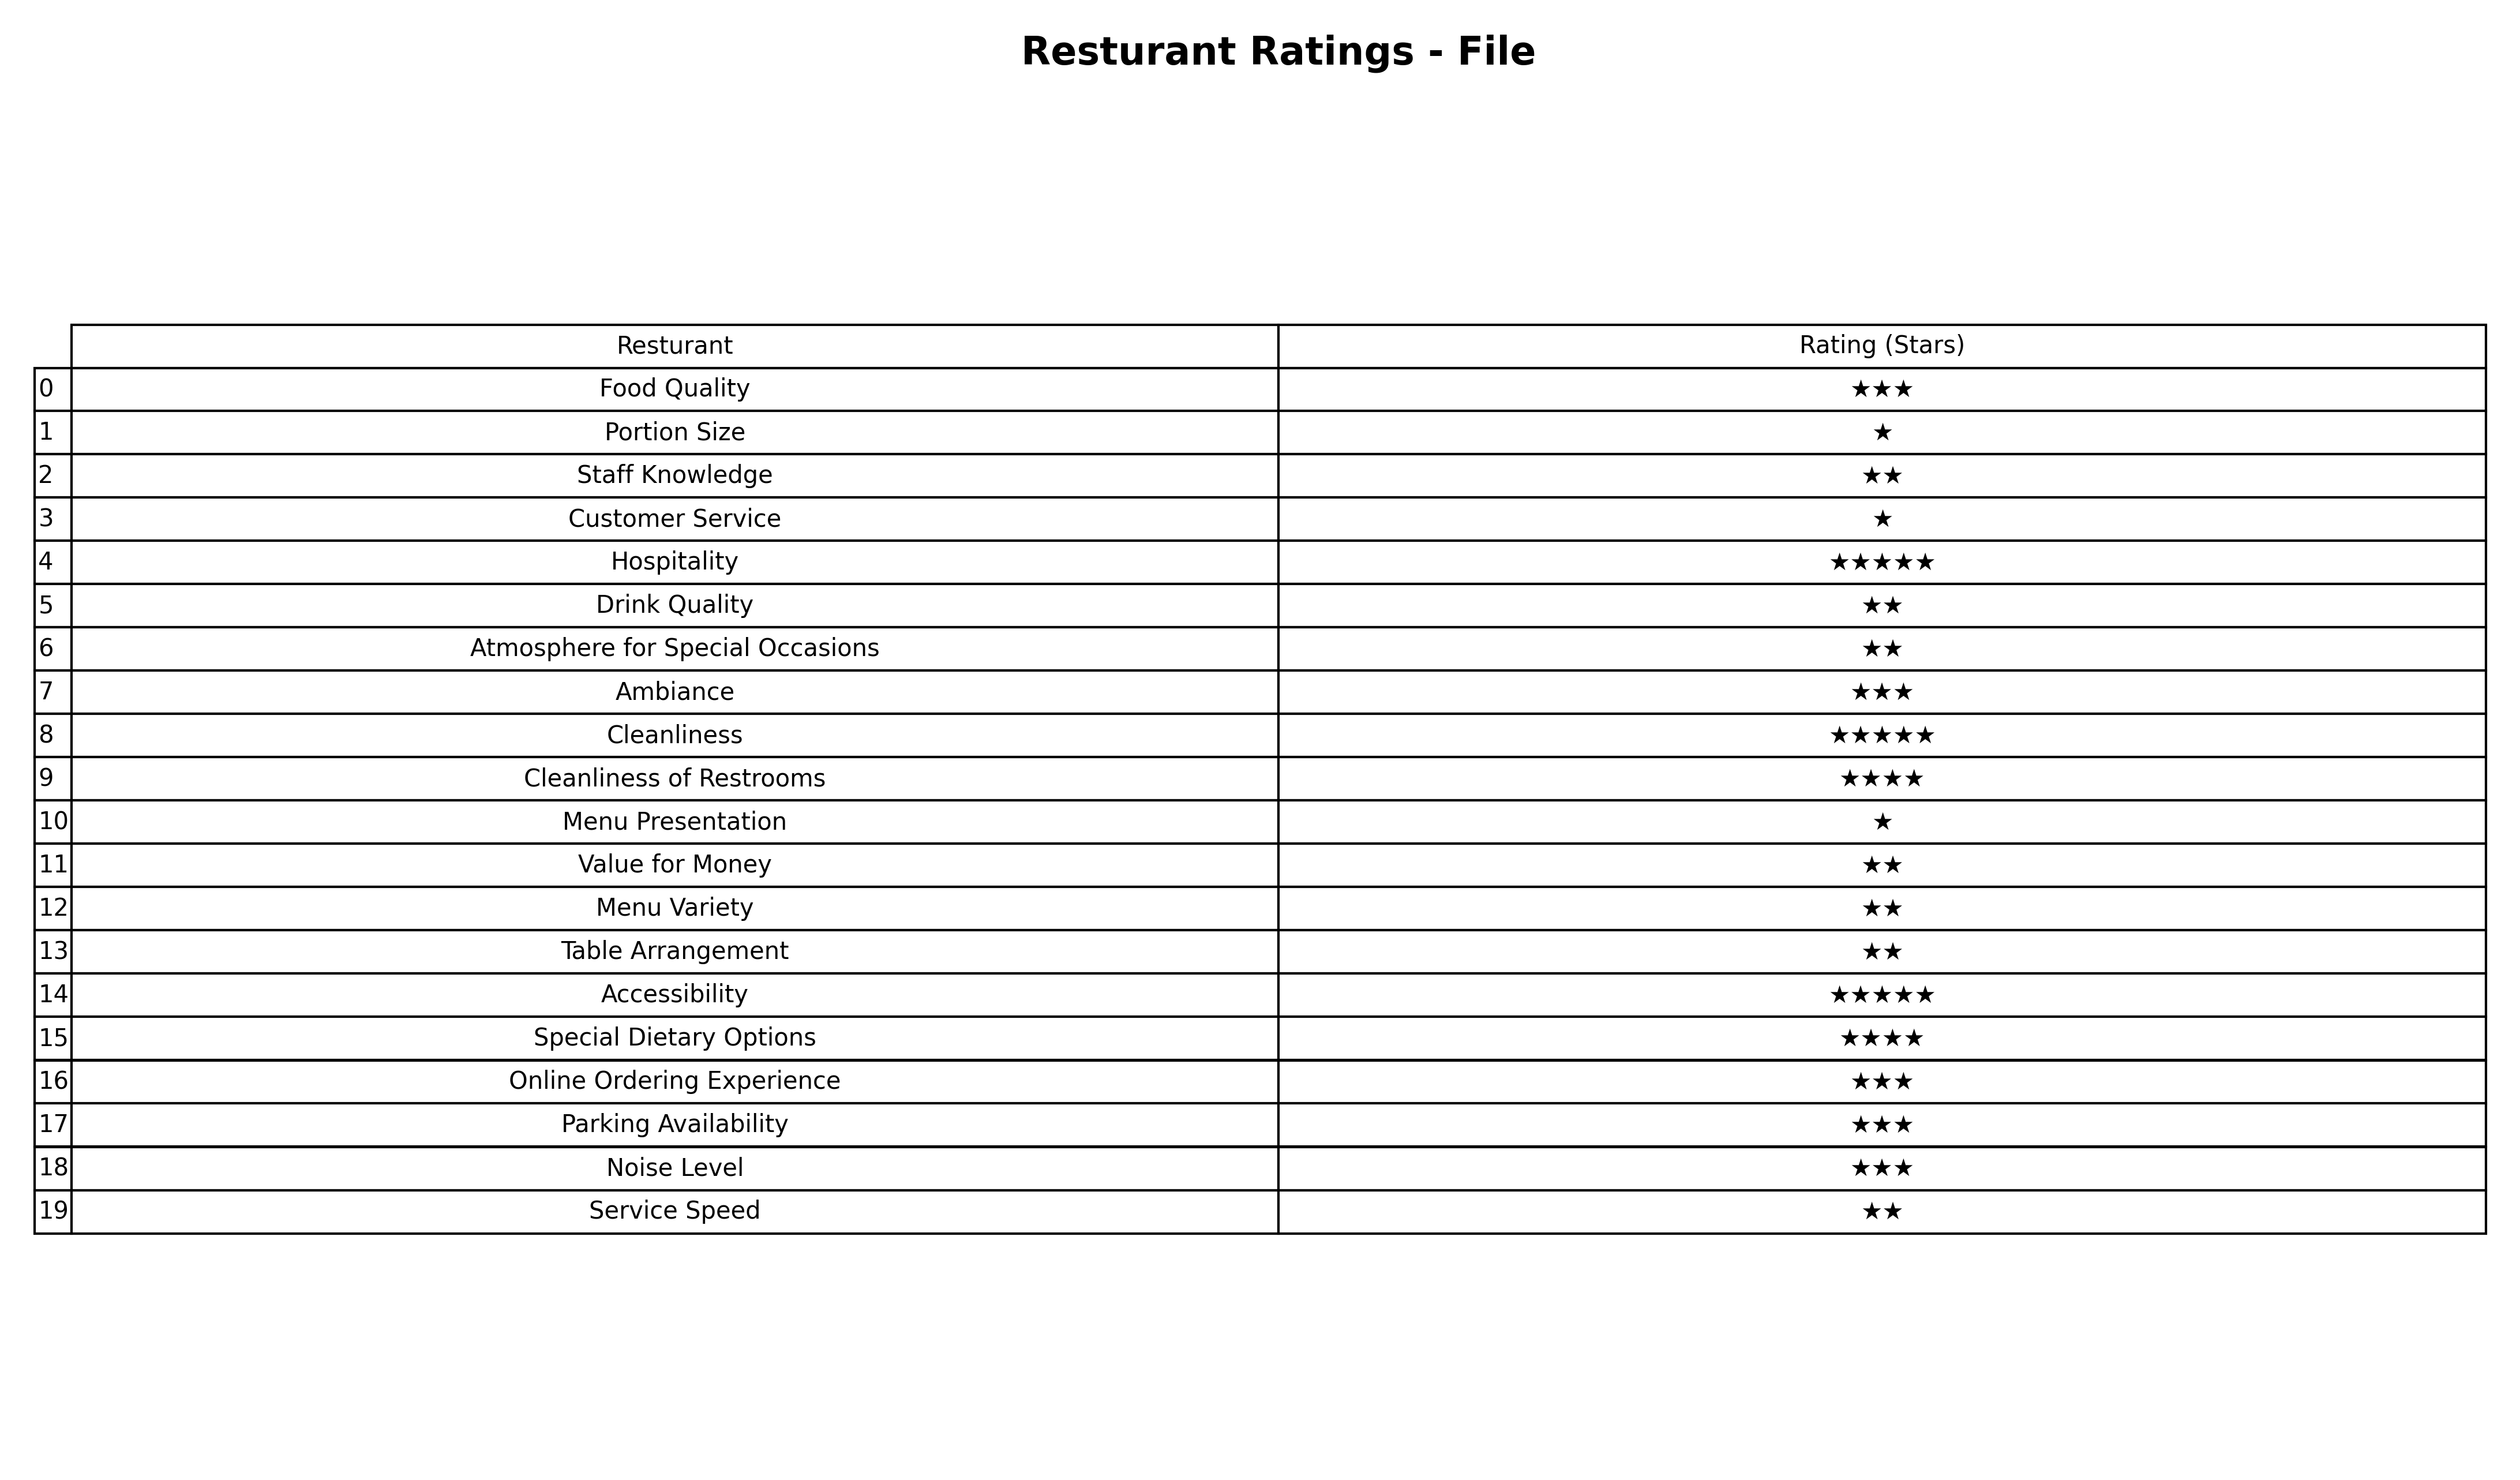
question: What is the rating of Table Arrangement?
answer: ★★